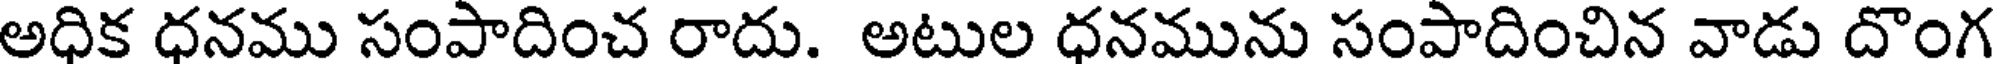
అధిక ధనము సంపాదించ రాదు. అటుల ధనమును సంపాదించిన వాడు దొంగ